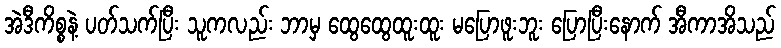
အဲဒီကိစ္စနဲ့ ပတ်သက်ပြီး သူကလည်း ဘာမှ ထွေထွေထူးထူး မပြောဖူးဘူး ပြောပြီးနောက် အီကာအိသည်